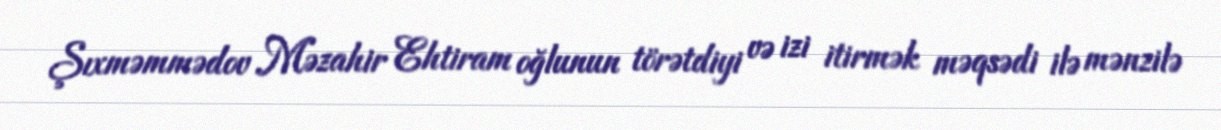
Şıxməmmədov Məzahir Ehtiram oğlunun törətdiyi və izi itirmək məqsədi ilə mənzilə